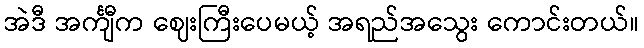
အဲဒီ အင်္ကျီက ဈေးကြီးပေမယ့် အရည်အသွေး ကောင်းတယ်။